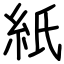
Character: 紙